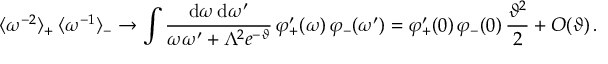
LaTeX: \langle \omega ^ { - 2 } \rangle _ { + } \, \langle \omega ^ { - 1 } \rangle _ { - } \to \int \frac { \mathrm { d } \omega \, \mathrm { d } \omega ^ { \prime } } { \omega \omega ^ { \prime } + \Lambda ^ { 2 } e ^ { - \vartheta } } \, \varphi _ { + } ^ { \prime } ( \omega ) \, \varphi _ { - } ( \omega ^ { \prime } ) = \varphi _ { + } ^ { \prime } ( 0 ) \, \varphi _ { - } ( 0 ) \, \frac { \vartheta ^ { 2 } } { 2 } + O ( \vartheta ) \, .